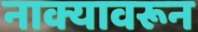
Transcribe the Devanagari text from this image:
नाक्यावरून